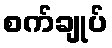
စက်ချုပ်